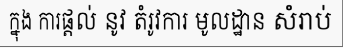
ក្នុង ការផ្តល់ នូវ តំរូវការ មូលដ្ឋាន សំរាប់